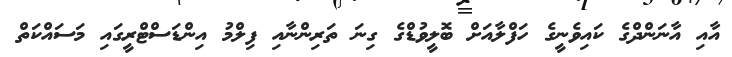
އާއި އާނަންދްގެ ކައިވެނީގެ ހަފްލާއަށް ބޮލީވުޑްގެ ގިނަ ތަރިންނާއި ފިލްމު އިންޑަސްޓްރީގައި މަސައްކަތް